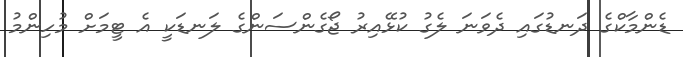
ޑެންމާކްގެ ދަނޑުގައި ދެވަަނަ ލެގު ކުޅޭއިރު ޖޯގެންސަންގެ ލަނޑަކީ އެ ޓީމަށް މުހިންމު